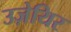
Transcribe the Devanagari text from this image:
उज़ेयिर